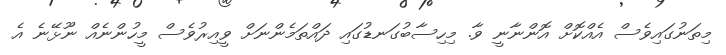
މިތަނުގައިވެސް އެއްކޮށް އޮންނާނީ ވާ. މިހިސާބުގަނޑުގައި ދައްތަމެންނަށް ވީއިރުވެސް މީހުންނެއް ނޫޅޭނެ އެ